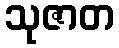
သုဇာတ